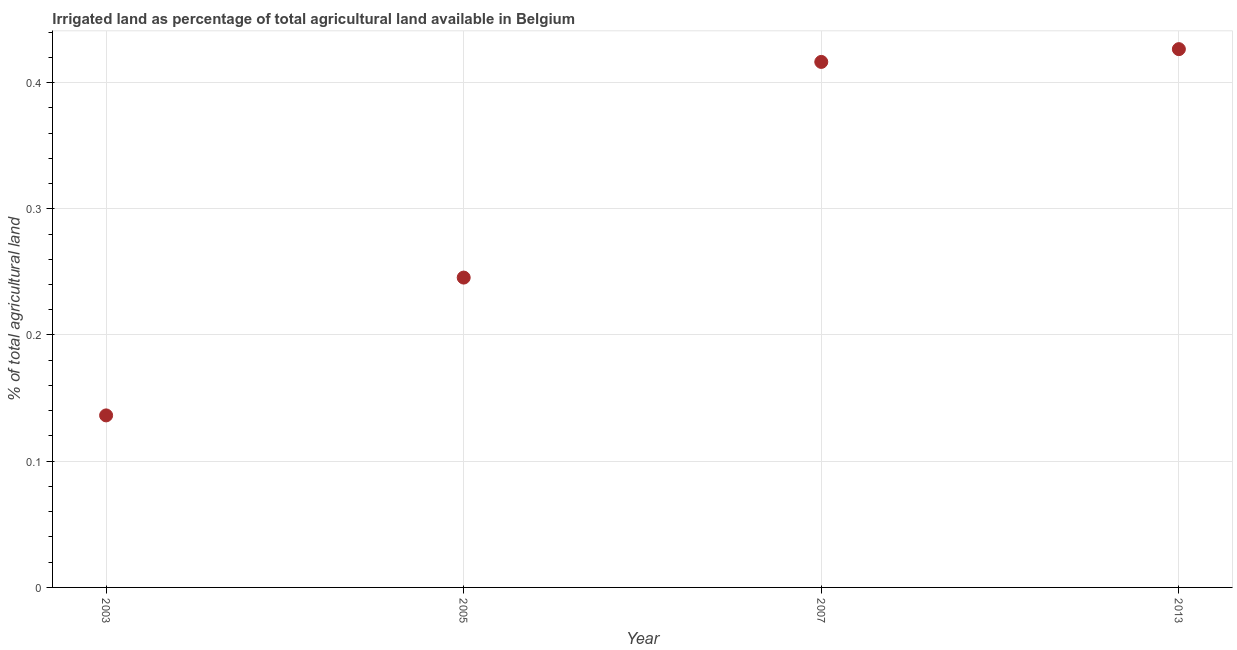
| Year | Agricultural irrigated land  |
 | --- | --- |
 | 2003 | 0.136 |
 | 2005 | 0.245 |
 | 2007 | 0.416 |
 | 2013 | 0.426 |